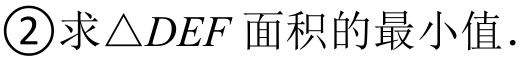
\textcircled{2}求\(\triangle DEF\) 面积的最小值．